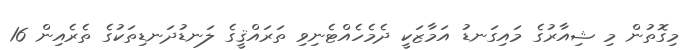
މިގޮތުން މި ޝިއާރުގެ މައިގަނޑު އަމާޒަކީ ދެމެހެއްޓެނިވި ތަރައްޤީގެ ލަނޑުދަނޑިތަކުގެ ތެރެއިން 16